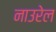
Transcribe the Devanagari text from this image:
नाउरेल